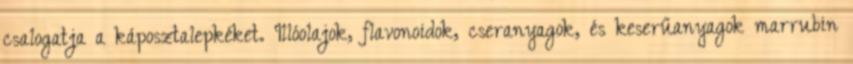
csalogatja a káposztalepkéket. Illóolajok, flavonoidok, cseranyagok, és keserűanyagok marrubin